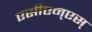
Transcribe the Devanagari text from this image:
एसीएन्एस्